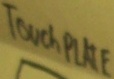
Text: TOUCH PLATE